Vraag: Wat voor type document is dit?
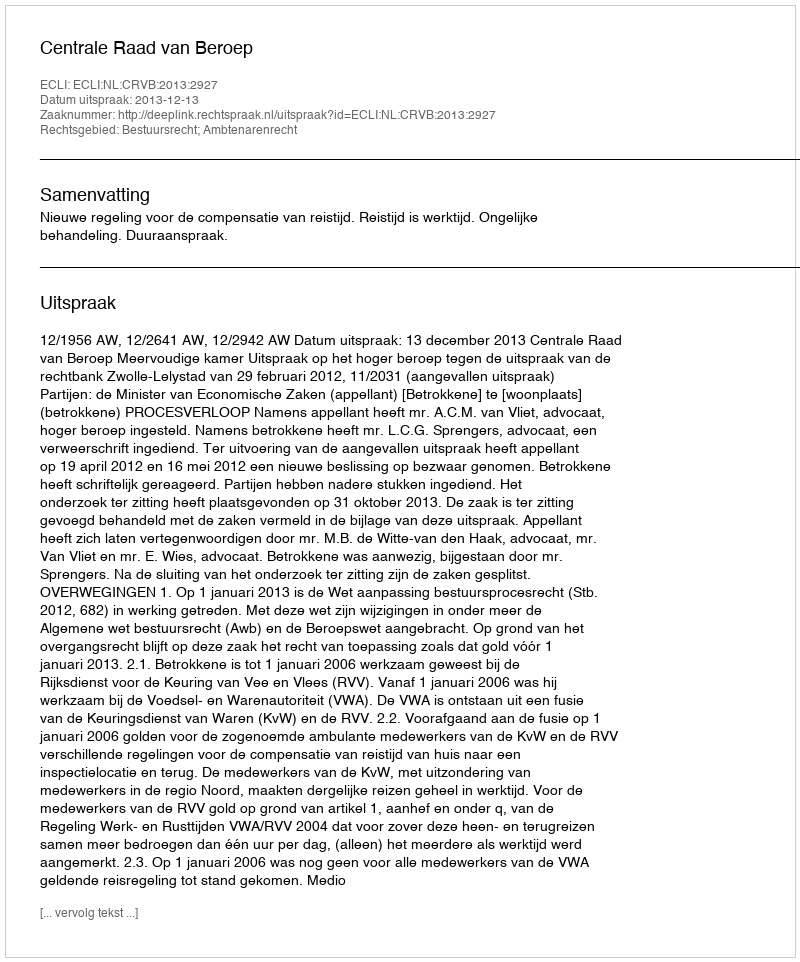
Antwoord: Uitspraak